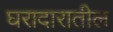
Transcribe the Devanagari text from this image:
घरादारातील